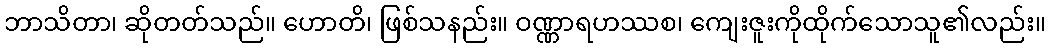
ဘာသိတာ၊ ဆိုတတ်သည်။ ဟောတိ၊ ဖြစ်သနည်း။ ဝဏ္ဏာရဟဿစ၊ ကျေးဇူးကိုထိုက်သောသူ၏လည်း။